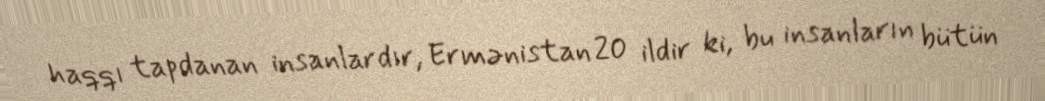
haqqı tapdanan insanlardır, Ermənistan 20 ildir ki, bu insanların bütün